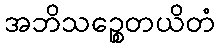
အဘိသဉ္စေတယိတံ